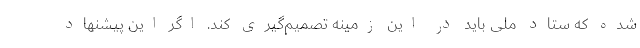
شده که ستاد ملی باید در این زمینه تصمیم‌گیری کند. اگر این پیشنهاد